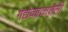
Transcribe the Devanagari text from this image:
गद्यकाव्यशैली